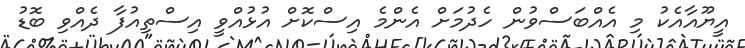
އީޔޫއާއެކު މި އެއްބަސްވުން ހެދުމަށް އެންމެ އިސްކޮށް އުޅުއްވީ އިސްތިއުފާ ދެއްވި ބޮޑު